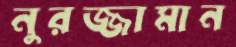
নুরজ্জামান